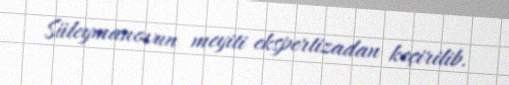
Süleymanovun meyiti ekspertizadan keçirilib.